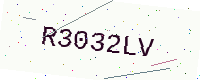
Text: R3032LV